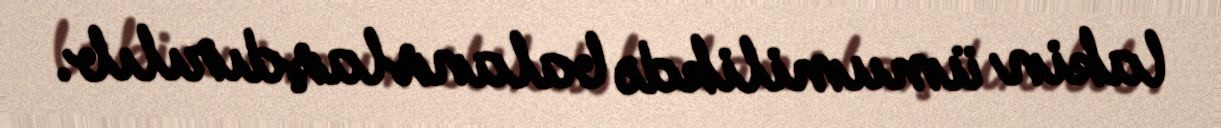
lakin ümumilikdə balanslaşdırılıb.